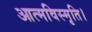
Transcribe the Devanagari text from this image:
आत्मविस्मृति।